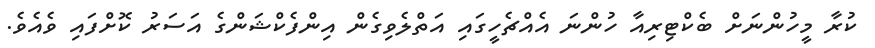
ކުރާ މީހުންނަށް ބެކްޓިރިއާ ހުންނަ އެއްޗެހީގައި އަތްލެވިގެން އިންފެކްޝަންގެ އަސަރު ކޮށްފައި ވެއެވެ.